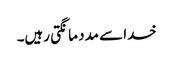
خدا سے مدد مانگتی رہیں۔